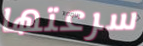
سرعتها